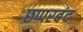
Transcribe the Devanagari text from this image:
छप्परबंद